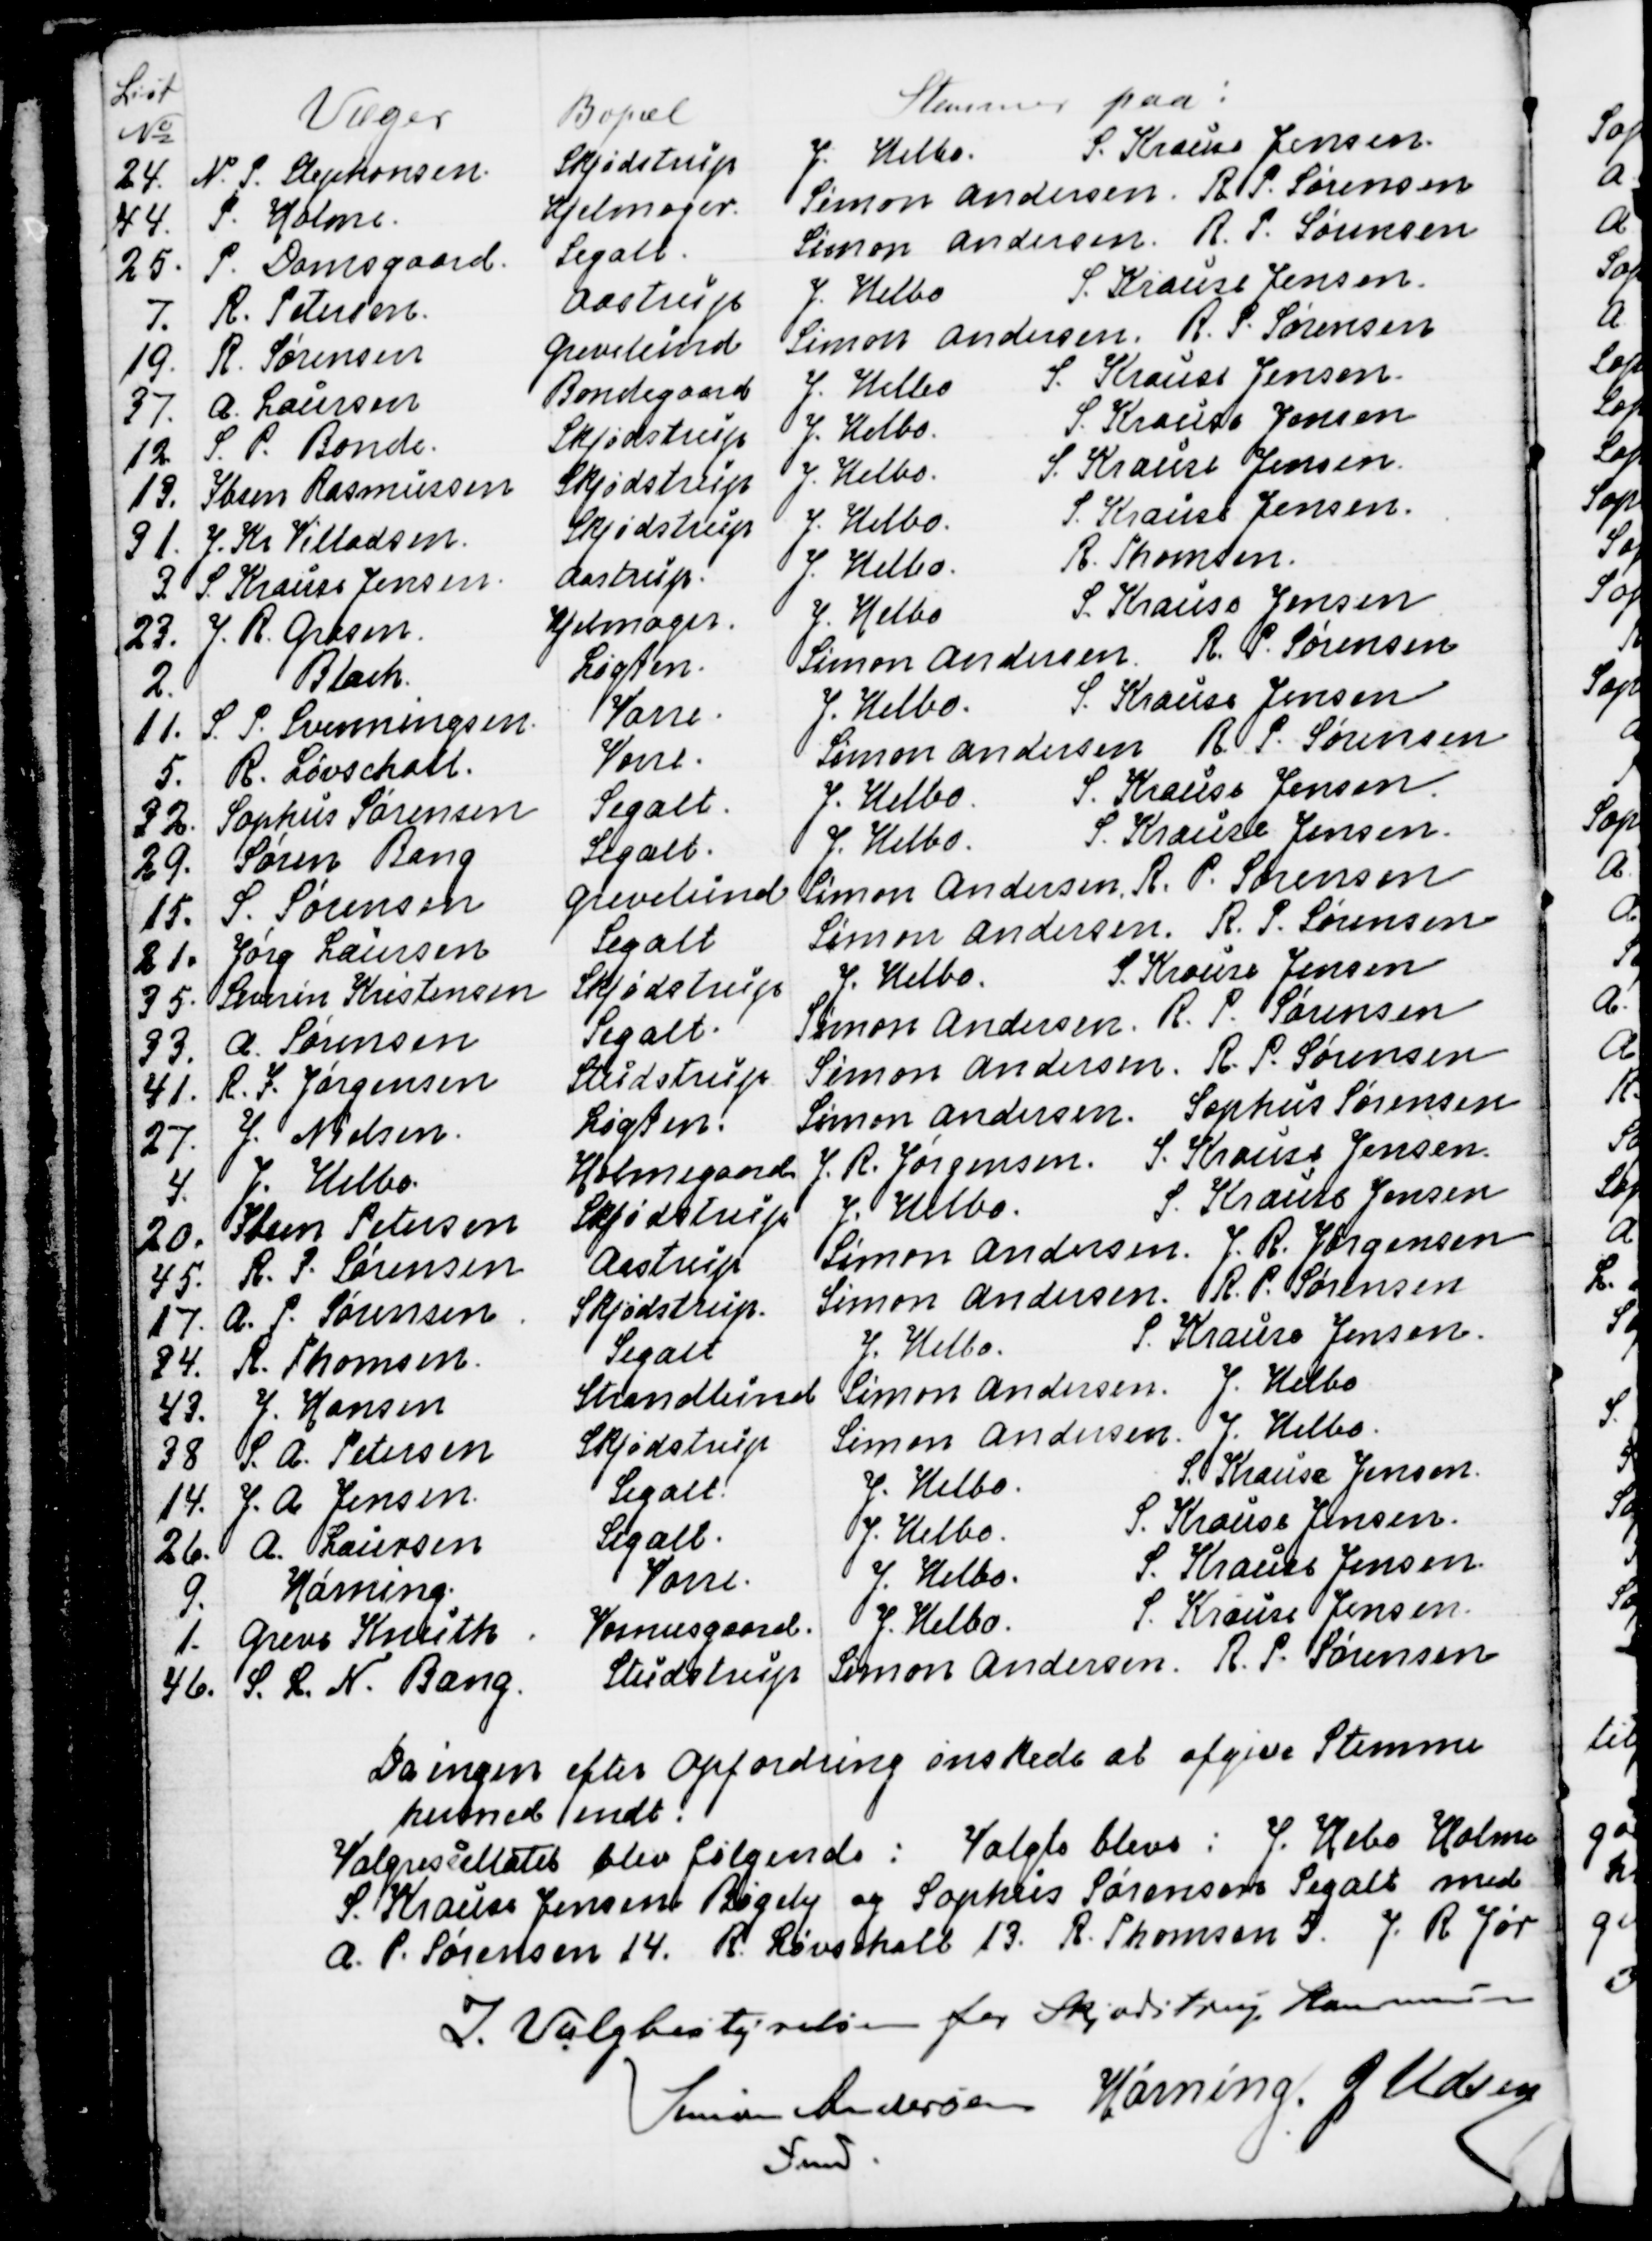
Transskription:
List
№
Væger
Bopæl
Stemmer paa:
24.
N. P. Stephansen.
Skjødstrup
J. Helbo.
S. Krause Jensen.
44.
P. Holme.
Hjelmager.
Simon Andersen
R. P. Sørensen
25.
P. Damsgaard.
Segalt.
Simon Andersen.
R. P. Sørensen
7.
R. Petersen.
Aastrup
J. Helbo
S. Krause Jensen.
19.
R. Sørensen
Grevelund
Simon Andersen.
R. P. Sørensen
37.
A. Laursen
Bondegaard
J. Helbo
S. Krause Jensen.
12.
S. P. Bonde.
Skjødstrup
J. Helbo.
S. Krause Jensen
13.
Ibsen Rasmussen
Skjødstrup
J. Helbo.
S. Krause Jensen.
31. J. Kr. Villadsen.
Skjødstrup
J. Helbo.
S. Krause Jensen.
3. S. Krause Jensen
Aastrup
J. Helbo.
R. Thomsen.
23. J. R. Grosen.
Hjelmager.
J. Helbo
S. Krause Jensen
2.
Blach
Løgten.
Simon Andersen.
R. P. Sørensen
11. S. P Svenningsen
Vorre
J. Helbo.
S. Krause Jensen
5. R. Løvschall.
Vorre.
Simon Andersen
R. P. Sørensen
32. Sophus Sørensen
Segalt.
J. Helbo
S. Krause Jensen.
29. Søren Bang
Segalt.
J. Helbo.
S. Krause Jensen.
15. S. Sørensen
Grevelund
Simon Andersen.
R. P. Sørensen
21. Jørg Laursen
Segalt
Simon Andersen.
R. P. Sørensen
35. Severin Kristensen
Skjødstrup
J. Helbo
S. Krause Jensen
33. A. Sørensen
Segalt.
Simon Andersen.
R. P. Sørensen
41. R. F. Jørgensen
Studstrup
Simon Andersen.
R. P. Sørensen
27. J. Nielsen.
Løgten.
Simon Andersen.
Sophus Sørensen
4. J. Helbo
Holmegaard
J. R. Jørgensen.
S. Krause Jensen.
20. Ibsen Petersen
Skjødstrup
J. Helbo.
S. Krause Jensen
45. R. P. Sørensen
Aastrup
Simon Andersen.
J. R. Jørgensen
17. A. P. Sørensen
Skjødstrup.
Simon Andersen.
R. P. Sørensen
34. R. Thomsen.
Segalt
J. Helbo.
S. Krause Jensen.
43. 
J. Hansen
Strandlund
Simon Andersen.
J. Helbo
38 S. A. Petersen
Skjødstrup
Simon Andersen.
J. Helbo.
14. J. A. Jensen.
Segalt.
J. Helbo.
S. Krause Jensen.
26. A. Laursen
Segalt.
J. Helbo.
S. Krause Jensen.
9.
Hørning.
Vorre.
J. Helbo.
S. Krause Jensen.
1.
Greve Knuth
Vosnæsgaard.
J. Helbo.
S. Krause Jensen
46. S. L. N. Bang.
Studstrup
Simon Andersen
R. P. Sørensen

Da ingen efter Opfordring ønskede at afgive Stemme
hermed endt.
Valgresultatet blev følgende: Valgte bleve: J. Hebo Holme
S. Krause Jensen Bøgely og Sophus Sørensen Segalt med
A. P. Sørensen 14. R. Løvschall 13. R. Thomsen 5. J. R. Jør
I Valgbestyrelsen for Skjødstrup Kommune
Simon Andersen
Fmd.
Hørning.
J. Udsen